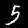
Label: 5